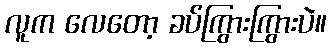
လူက လေတော့ ခပ်ကြွားကြွားပဲ။